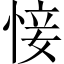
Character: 𢜡